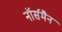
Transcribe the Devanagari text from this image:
नॉर्समैन